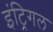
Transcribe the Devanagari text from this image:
इंट्रिगल